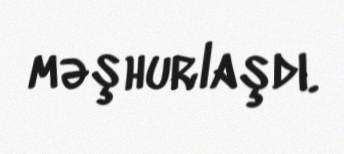
məşhurlaşdı.